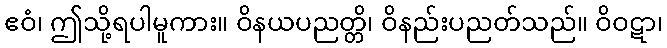
ဧဝံ၊ ဤသို့ရပါမူကား။ ဝိနယပညတ္တိ၊ ဝိနည်းပညတ်သည်။ ဝိဝဋာ၊